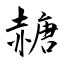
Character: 赯